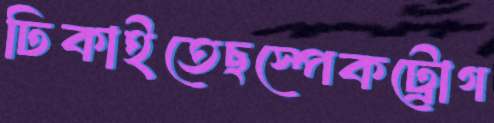
ঢিকাইতেছস্পেকট্রোগ